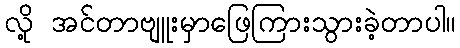
လို့ အင်တာဗျူးမှာဖြေကြားသွားခဲ့တာပါ။